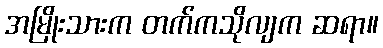
အမြိုးသားက တက်ကသိုလျက ဆရာ။